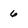
Character: 6